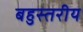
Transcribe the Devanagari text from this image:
बहुस्‍तरीय